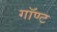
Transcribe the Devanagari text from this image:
गॉण्ट